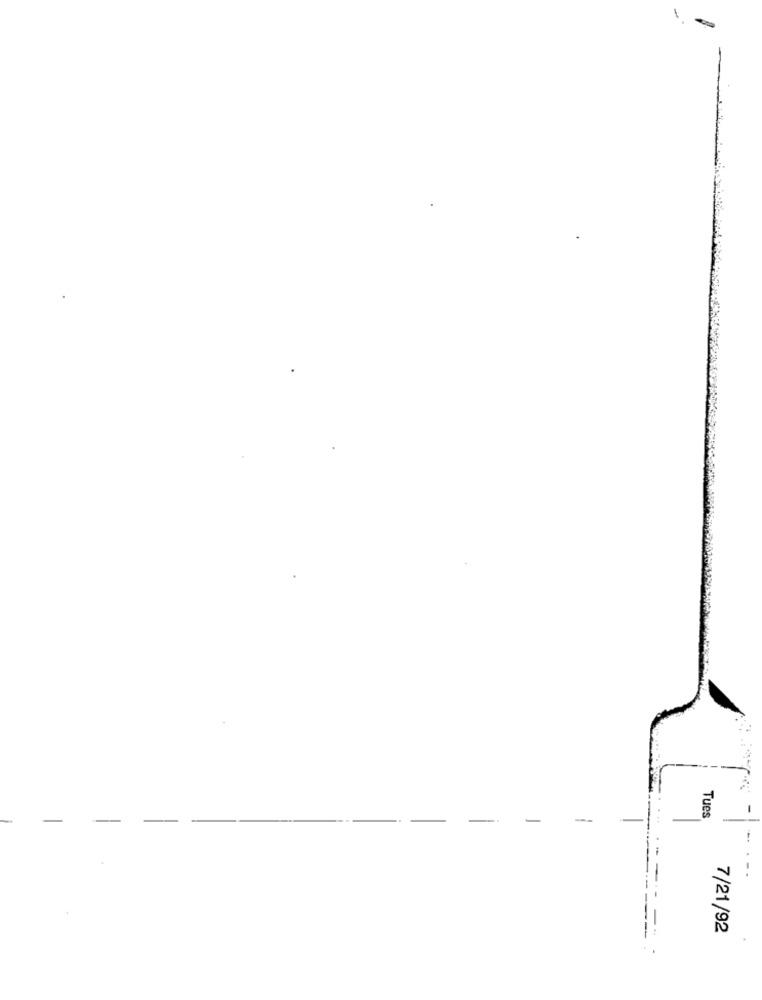
-
Tues
7/21/92